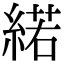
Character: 𦂍